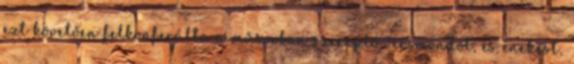
ezt követően felkonferálta a műsorban szereplő versmondót, és énekest,